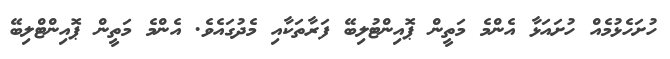
ހުށަހެޅުމެއް ހުށައަޅާ އެންމެ މަތީން ޕޮއިންޓުލިބޭ ފަރާތަކާއި މެދުގައެވެ. އެންމެ މަތީން ޕޮއިންޓްލިބޭ